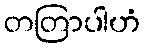
တတြာပါဟံ